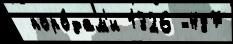
 поро́дам'и 1326 -487